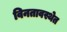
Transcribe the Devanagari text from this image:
विनतावस्थेत